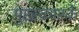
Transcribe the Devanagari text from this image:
पुरस्कारके